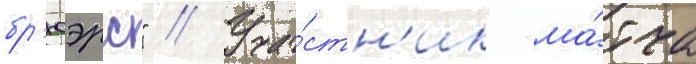
бр'юэрс" // Уча́стн'ик ма́тча